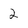
Character: 2